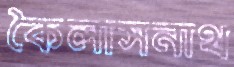
কৈলাসনাথ